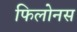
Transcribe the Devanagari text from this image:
फिलोनस